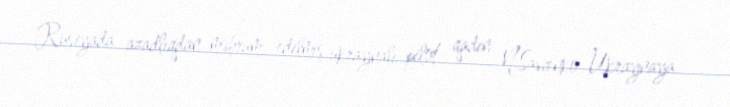
Rusiyada azadlıqdan məhrum edilmiş ukraynalı pilot qadın N.Savçenko Ukraynaya